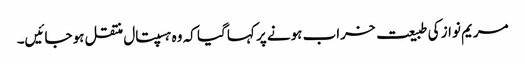
مریم نواز کی طبیعت خراب ہونے پر کہا گیا کہ وہ ہسپتال منتقل ہو جائیں۔